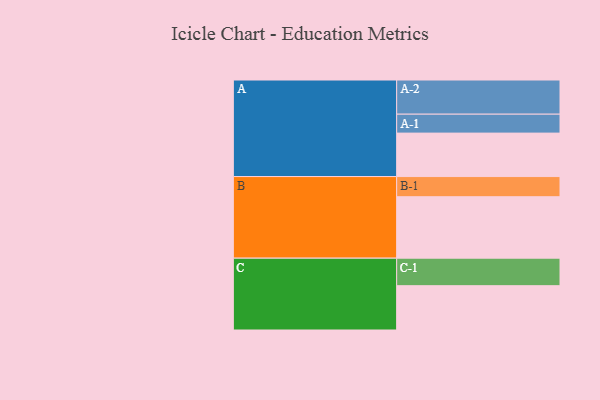
{"axis": {"x": "Segment", "y": "Value"}, "legend": ["", "A", "B", "C"], "data": [{"x": "A", "y": 360, "type": ""}, {"x": "B", "y": 509, "type": ""}, {"x": "C", "y": 367, "type": ""}, {"x": "A-1", "y": 157, "type": "A"}, {"x": "A-2", "y": 283, "type": "A"}, {"x": "B-1", "y": 167, "type": "B"}, {"x": "C-1", "y": 228, "type": "C"}]}